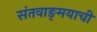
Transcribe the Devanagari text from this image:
संतवाङ्‌मयाची